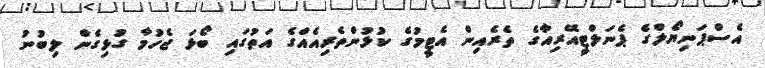
އެސްޕަނިޔޯލްގެ ޕެނަލްޓީއޭރިއާގެ ތެރެއިން އެޓީމުގެ ކުޅުންތެރިއެއްގެ އަތުގައި ބޯޅަ ޖެހުމާ ގުޅިގެން ލިބުނު